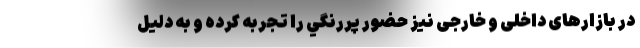
در بازارهای داخلی و خارجی نیز حضور پررنگي را تجربه کرده و به دلیل